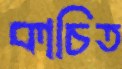
কাচিত